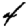
Digit: 4